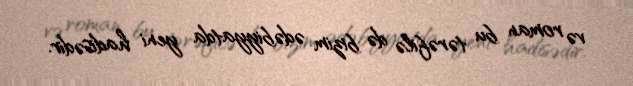
və roman bu tərəfilə də bizim ədəbiyyatda yeni hadisədir.